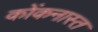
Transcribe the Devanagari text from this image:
कोंकनास्त